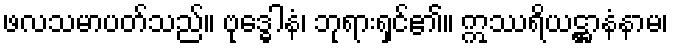
ဖလသမာပတ်သည်။ ဗုဒ္ဓေါနံ၊ ဘုရားရှင်၏။ ဣဿရိယဋ္ဌာနံနာမ၊